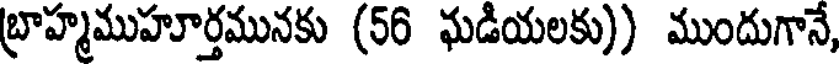
బ్రాహ్మముహూర్తమునకు (56 ఘడియలకు)) ముందుగానే,